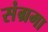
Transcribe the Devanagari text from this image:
संग्रमा